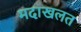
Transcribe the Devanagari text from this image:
मदाखलत